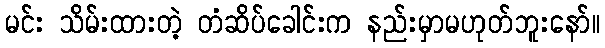
မင်း သိမ်းထားတဲ့ တံဆိပ်ခေါင်းက နည်းမှာမဟုတ်ဘူးနော်။